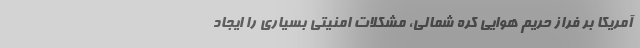
آمریکا بر فراز حریم هوایی کره شمالی، مشکلات امنیتی بسیاری را ایجاد